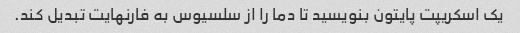
یک اسکریپت پایتون بنویسید تا دما را از سلسیوس به فارنهایت تبدیل کند.